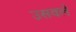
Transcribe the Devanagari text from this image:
उसवले